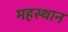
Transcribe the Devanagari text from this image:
महस्थान